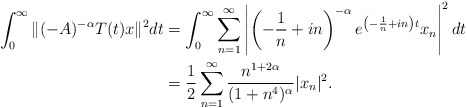
\begin{align*}\int^{\infty}_0\|(-A)^{-\alpha}T(t) x\|^2 dt &=\int^{\infty}_0\sum_{n=1}^\infty\left|\left(-\frac{1}{n} + in\right)^{-\alpha}e^{\left(-\frac{1}{n} + in\right)t}x_n\right|^2 dt \\&=\frac{1}{2}\sum_{n=1}^\infty\frac{n^{1+2\alpha}}{(1+n^4)^{\alpha}} |x_n|^2.\end{align*}